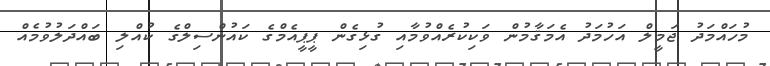
މުހައްމަދު ޖަމީލް އަހުމަދު އެމަޤާމުން ވަކިކުރެއްވުމާއި ގުޅިގެން ޕީޕީއެމްގެ ކައުންސިލްގެ ކުއްލި ބައްދަލުވުމެއް